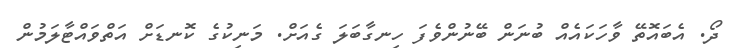
ދޯ. އެބައޮތޭ ވާހަކައެއް ބުނަން ބޭނުންވެފަ ހިނގާބަލަ ގެއަށް. މަނިކުގެ ކޮނޑަށް އަތްވައްޓާލަމުން